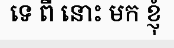
ទេ ពី នោះ មក ខ្ញុំ